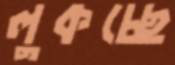
লুকচ্ছে